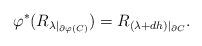
LaTeX: \begin{align*}\varphi^*(R_{\lambda|_{\partial \varphi(C)}}) = R_{(\lambda+dh)|_{\partial C}}.\end{align*}